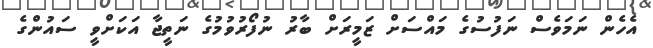
އެހެން ނަމަވެސް ނަފުސުގެ މައްސަށް ޒަމީރަށް ބާރު ނުފޯރުވުމުގެ ނަތީޖާ އަކަށްވީ ސައުންގެ